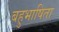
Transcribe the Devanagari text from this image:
बहुभाषिता